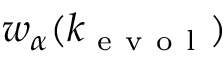
w _ { \alpha } ( k _ { \mathrm { ~ e ~ v ~ o ~ l ~ } } )